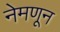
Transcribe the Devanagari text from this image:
नेमणून